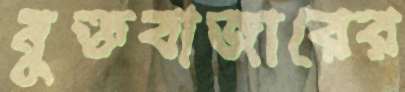
মুক্তবাজারের